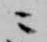
ニ